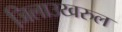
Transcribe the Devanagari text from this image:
जिलाउखरुल